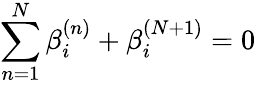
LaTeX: \sum_{n=1}^{N}\beta_{i}^{(n)}+\beta_{i}^{(N+1)}=0